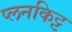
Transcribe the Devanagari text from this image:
प्लनकिट्ट